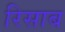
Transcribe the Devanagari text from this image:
रिसाब